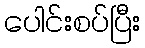
ပေါင်းစပ်ပြီး